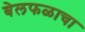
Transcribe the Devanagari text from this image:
बेलफळाचा